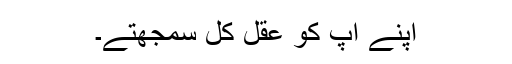
اپنے آپ کو عقل کل سمجھتے۔